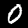
Digit: 0